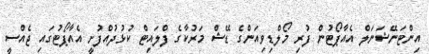
އިންޓަނޭޝަނަލް އެއާޕޯޓުން ފުރި މޯލްޑިވިއަންގެ ޑޭޝް މަރުކާގެ ފްލައިޓް ކުޅުދުއްފުށީ އެއާޕޯޓުގައި ޖެއްސީ